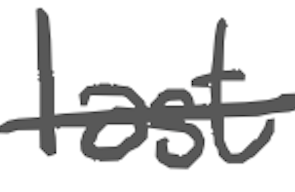
Text: last
Cross-out: single-line
Writing tool: digital_gray